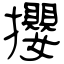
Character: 攖